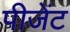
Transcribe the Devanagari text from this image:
पीजेंट